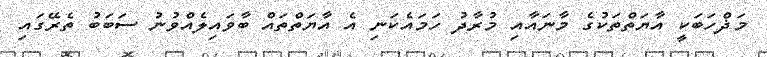
މަޛްހަބަކީ އާޔަތްތަކުގެ މާނައާއި މުރާދު ހަމައެކަނި އެ އާޔަތްތައް ބާވައިލެއްވުނު ސަބަބު ތެރޭގައި